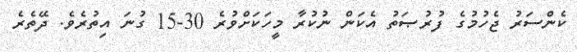
ކެންސަރު ޖެހުމުގެ ފުރުޞަތު އެކަން ނުކުރާ މީހަކަށްވުރެ 30-15 ގުނަ އިތުރެވެ. ދޭތެރެ